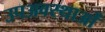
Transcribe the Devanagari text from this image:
उपअवस्थाओं